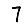
Digit: 7